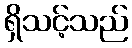
ရှိသင့်သည်